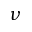
\nu